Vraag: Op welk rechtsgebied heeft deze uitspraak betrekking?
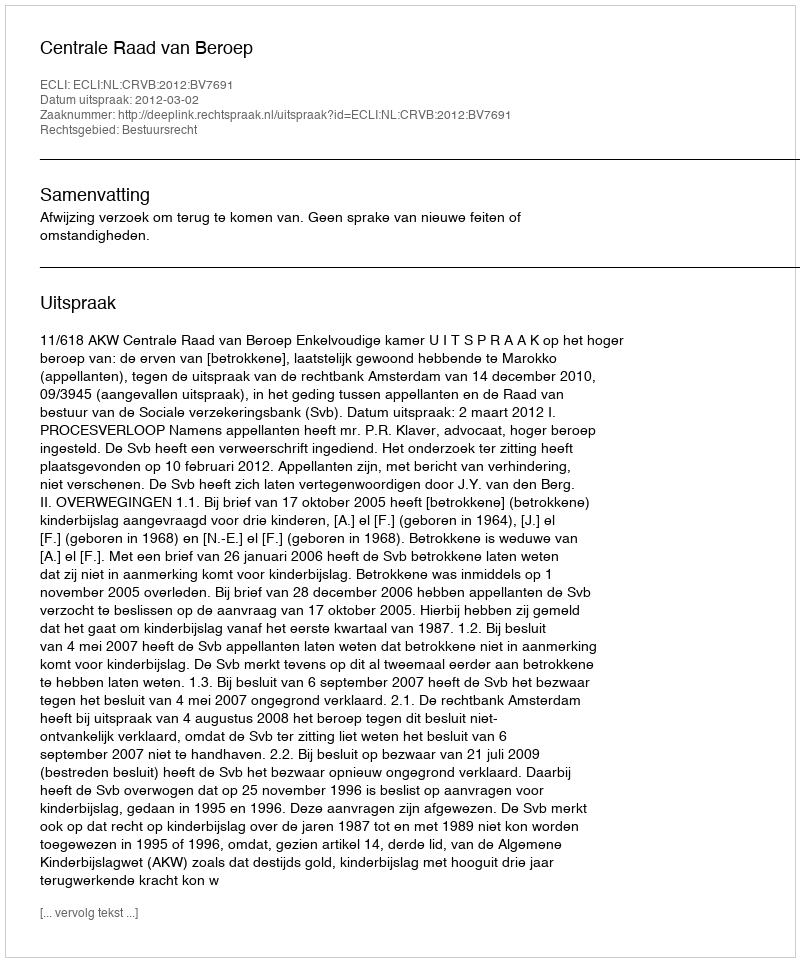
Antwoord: Bestuursrecht